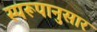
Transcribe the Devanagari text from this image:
स्परूपानुसार